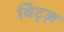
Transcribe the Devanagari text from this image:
विट्ज़